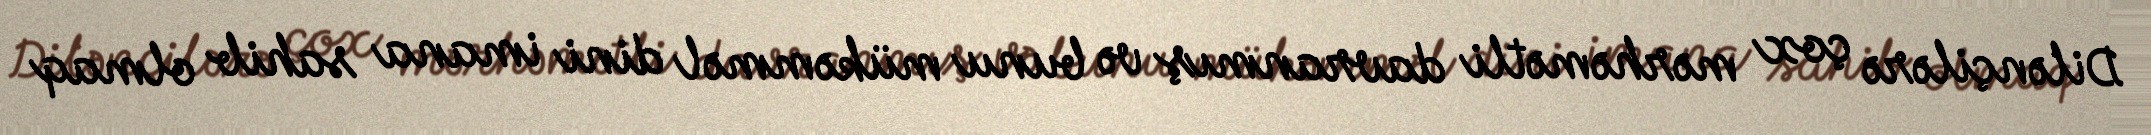
Dilənçilərə çox mərhəmətli davranmış və bunu mükəmməl dini imana sahib olmaq